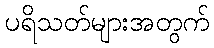
ပရိသတ်များအတွက်